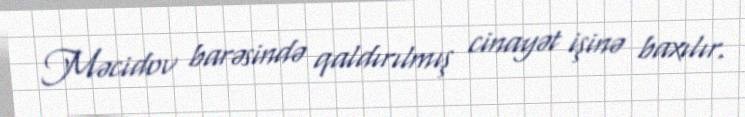
Məcidov barəsində qaldırılmış cinayət işinə baxılır.